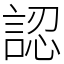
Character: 認